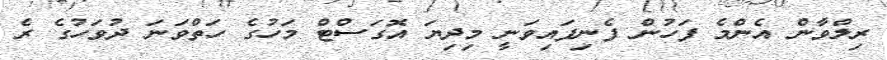
ރިލްވާން އެންމެ ފަހުން ފެނިފައިވަނީ މިދިޔަ އޮގަސްޓް މަހުގެ ހަތްވަނަ ދުވަހުގެ ރެ